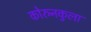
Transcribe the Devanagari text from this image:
कोरुनकुला